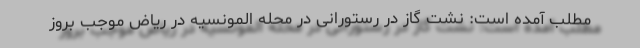
مطلب آمده است: نشت گاز در رستورانی در محله المونسیه در ریاض موجب بروز